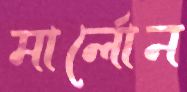
মার্লোন